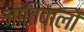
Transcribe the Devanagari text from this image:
जातिवालों